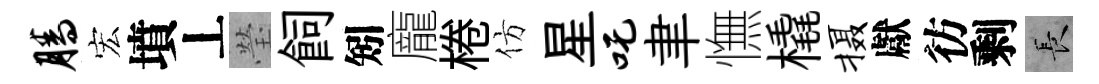
腾宏墳丄瑩飼矧龐棬仿星吒聿憮橇摄獻彷剩长